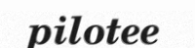
pilotee